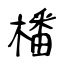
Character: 橎